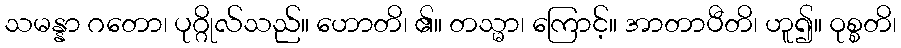
သမန္နာ ဂတော၊ ပုဂ္ဂိုလ်သည်။ ဟောတိ၊ ၏။ တသ္မာ၊ ကြောင့်။ အာတာပီတိ၊ ဟူ၍။ ဝုစ္စတိ၊